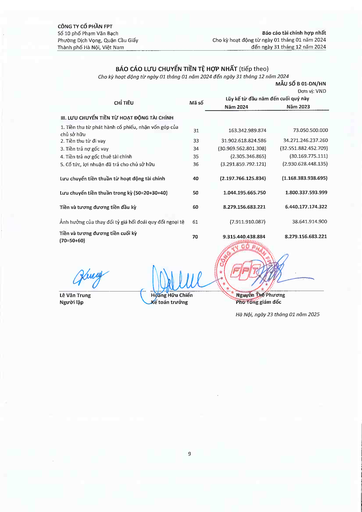
|CHỈ TIÊU|SỐ|Lũy kế từ đầu năm|Đơn vị: VND đến cuối quý này| |---|---|---|---| ||Mã|Năm 2024|Năm 2023| |III. LƯU CHUYỂN TIỀN TỪ HOẠT ĐỘNG TÀI CHÍNH|||| |1. Tiền thu từ phát hành cổ phiếu, nhận vốn góp của chủ sở hữu|31|163.342.989.874|73.050.500.000| |2. Tiền thu từ đi vay|33|31.902.618.824.586|34.271.246.237.260| |3. Tiền trả nợ gốc vay|34|(30.969.562.801.308)|(32.551.882.452.709)| |4. Tiền trả nợ gốc thuê tài chính|35|(2.305.346.865)|(30.169.775.111)| |5. Cổ tức, lợi nhuận đã trả cho chủ sở hữu|36|(3.291.859.792.121)|(2.930.628.448.135)| |Lưu chuyển tiền thuần từ hoạt động tài chính|40|(2.197.766.125.834)|(1.168.383.938.695)| |Lưu chuyển tiền thuần trong kỳ (50=20+30+40)|50|1.044.195.665.750|1.800.337.593.999| |Tiền và tương đương tiền đầu kỳ|60|8.279.156.683.221|6.440.177.174.322| |Ảnh hưởng của thay đổi tỷ giá hối đoái quy đổi ngoại tệ|61|(7.911.910.087)|38.641.914.900| |Tiền và tương đương tiền cuối kỳ (70=50+60)|70|9.315.440.438.884|8.279.156.683.221|